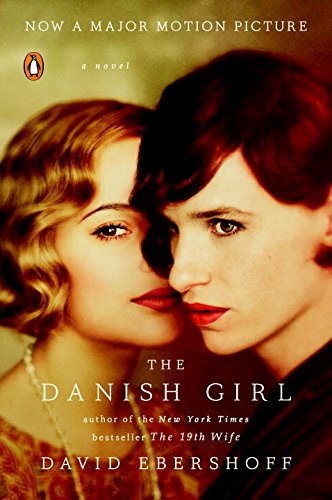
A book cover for The Danish Girl: A Novel (Movie Tie-In); David Ebershoff; Literature & Fiction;